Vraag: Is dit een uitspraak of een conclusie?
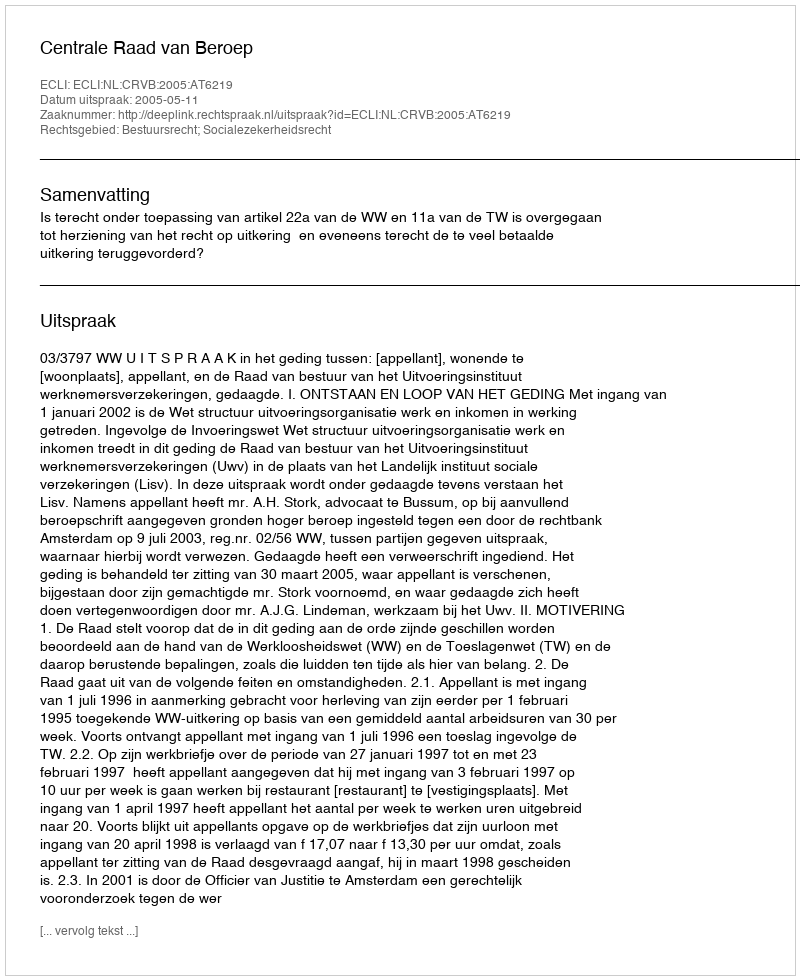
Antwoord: Uitspraak